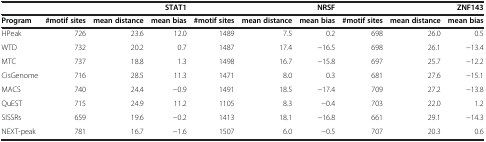
<table><thead><tr><td><b> </b></td><td colspan="3"><b>STAT1</b></td><td colspan="3"><b>NRSF</b></td><td colspan="3"><b>ZNF143</b></td></tr><tr><td><b>Program</b></td><td><b>#motif sites</b></td><td><b>mean distance</b></td><td><b>mean bias</b></td><td><b>#motif sites</b></td><td><b>mean distance</b></td><td><b>mean bias</b></td><td><b>#motif sites</b></td><td><b>mean distance</b></td><td><b>mean bias</b></td></tr></thead><tbody><tr><td>HPeak</td><td>726</td><td>23.6</td><td>12.0</td><td>1489</td><td>7.5</td><td>0.2</td><td>698</td><td>26.0</td><td>0.5</td></tr><tr><td>WTD</td><td>732</td><td>20.2</td><td>0.7</td><td>1487</td><td>17.4</td><td>−16.5</td><td>698</td><td>26.1</td><td>−13.4</td></tr><tr><td>MTC</td><td>737</td><td>18.8</td><td>1.3</td><td>1498</td><td>16.7</td><td>−15.8</td><td>697</td><td>25.7</td><td>−12.2</td></tr><tr><td>CisGenome</td><td>716</td><td>28.5</td><td>11.3</td><td>1471</td><td>8.0</td><td>0.3</td><td>681</td><td>27.6</td><td>−15.1</td></tr><tr><td>MACS</td><td>740</td><td>24.4</td><td>−0.9</td><td>1491</td><td>18.5</td><td>−17.4</td><td>709</td><td>27.2</td><td>−13.8</td></tr><tr><td>QuEST</td><td>715</td><td>24.9</td><td>11.2</td><td>1105</td><td>8.3</td><td>−0.4</td><td>703</td><td>22.0</td><td>1.2</td></tr><tr><td>SISSRs</td><td>659</td><td>19.6</td><td>−0.2</td><td>1413</td><td>18.1</td><td>−16.8</td><td>661</td><td>29.1</td><td>−14.3</td></tr><tr><td>NEXT-peak</td><td>781</td><td>16.7</td><td>−1.6</td><td>1507</td><td>6.0</td><td>−0.5</td><td>707</td><td>20.3</td><td>0.6</td></tr></tbody></table>